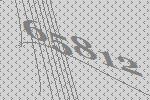
65812